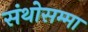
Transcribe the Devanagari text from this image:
संथोसम्मा